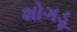
શોગડૂ